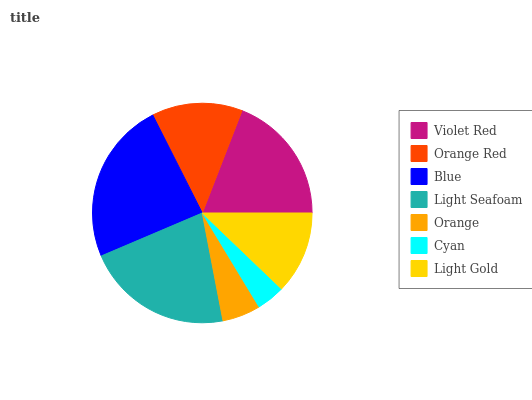
| Violet Red | Orange Red | Blue | Light Seafoam | Orange | Cyan | Light Gold |
 | --- | --- | --- | --- | --- | --- | --- |
 | 19.1% | 13.3% | 23.9% | 21.7% | 5.64% | 4.19% | 12.2% |